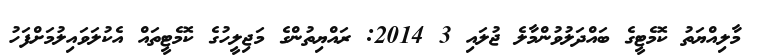
މާލިއްޔަތު ކޮމެޓީގެ ބައްދަލުވުންމާލެ ޖުލައި 3 2014: ރައްޔިތުންގެ މަޖިލީހުގެ ކޮމެޓީތައް އެކުލަވައިލުމަށްފަހު